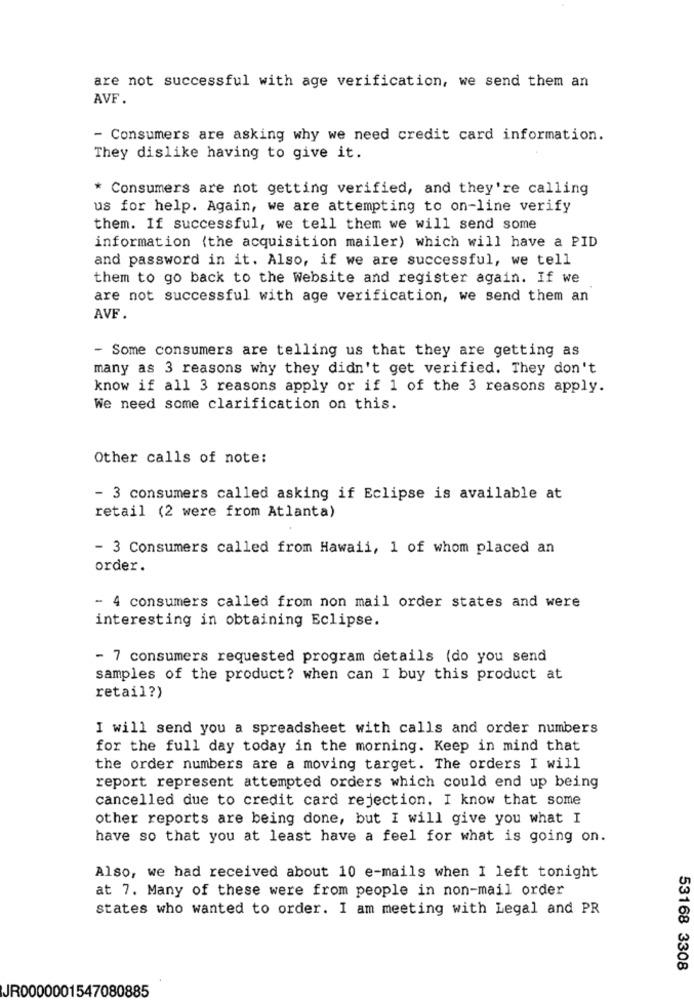
are not successful with age verification, we send them an
AVF.
- Consumers are asking why we need credit card information.
They dislike having to give it.
* Consumers are not getting verified, and they're calling
us for help. Again, we are attempting to on-line verify
them. If successful, we tell them we will send some
information (the acquisition mailer) which will have a PID
and password in it. Also, if we are successful, we tell
them to go back to the Website and register again. If we
are not successful with age verification, we send them an
AVF.
- Some consumers are telling us that they are getting as
many as 3 reasons why they didn't get verified. They don't
know if all 3 reasons apply or if 1 of the 3 reasons apply.
We need some clarification on this.
Other calls of note:
- 3 consumers called asking if Eclipse is available at
retail (2 were from Atlanta)
- 3 Consumers called from Hawaii, 1 of whom placed an
order.
- 4 consumers called from non mail order states and were
interesting in obtaining Eclipse.
- 7 consumers requested program details (do you send
samples of the product? when can I buy this product at
retail?)
I will send you a spreadsheet with calls and order numbers
for the full day today in the morning. Keep in mind that
the order numbers are a moving target. The orders I will
report represent attempted orders which could end up being
cancelled due to credit card rejection. I know that some
other reports are being done, but I will give you what I
have so that you at least have a feel for what is going on.
Also, we had received about 10 e-mails when I left tonight
at 7. Many of these were from people in non-mail order
states who wanted to order. I am meeting with Legal and PR
53168 3308
JR0000001547080885